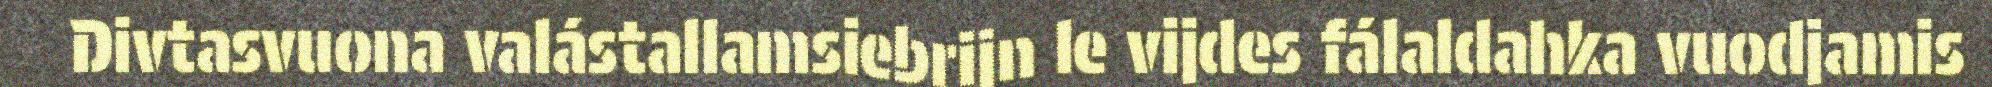
Divtasvuona valástallamsiebrijn le vijdes fálaldahka vuodjamis